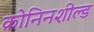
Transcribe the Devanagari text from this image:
क्रोनिनशील्ड